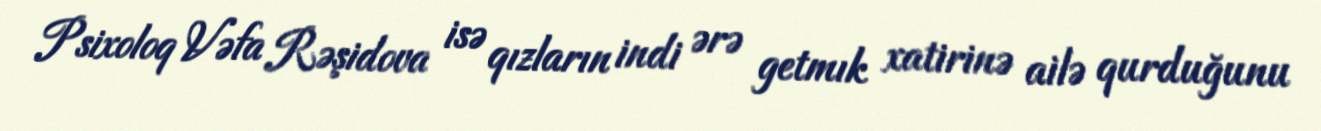
Psixoloq Vəfa Rəşidova isə qızların indi ərə getmık xatirinə ailə qurduğunu